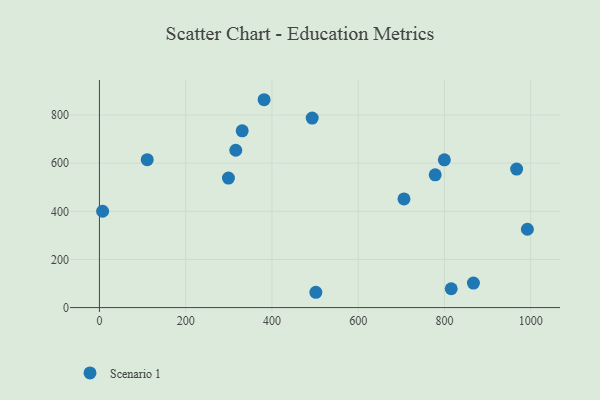
{"axis": {"x": "Speed", "y": "Yield"}, "legend": ["Scenario 1"], "data": [{"x": "331.0", "y": 734.4, "type": "Scenario 1"}, {"x": "381.8", "y": 863.5, "type": "Scenario 1"}, {"x": "992.2", "y": 325.4, "type": "Scenario 1"}, {"x": "778.5", "y": 551.7, "type": "Scenario 1"}, {"x": "799.7", "y": 613.9, "type": "Scenario 1"}, {"x": "299.1", "y": 537.9, "type": "Scenario 1"}, {"x": "967.3", "y": 575.5, "type": "Scenario 1"}, {"x": "815.6", "y": 78.3, "type": "Scenario 1"}, {"x": "316.1", "y": 653.6, "type": "Scenario 1"}, {"x": "867.1", "y": 102.0, "type": "Scenario 1"}, {"x": "7.4", "y": 400.3, "type": "Scenario 1"}, {"x": "110.8", "y": 614.6, "type": "Scenario 1"}, {"x": "493.3", "y": 787.3, "type": "Scenario 1"}, {"x": "706.1", "y": 451.6, "type": "Scenario 1"}, {"x": "501.8", "y": 63.6, "type": "Scenario 1"}]}